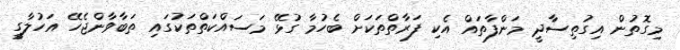
މިގޮތުން އިގުތިސާދީ މަންފާތައް އެކި ފަރާތްތަކަށް ބެހުމާ ގުޅޭ މަސައްކަތްތަކުގައި ތަބާވާންޖެހޭ އަހުލާގީ